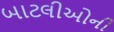
બાટલીઓની